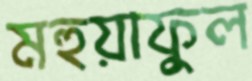
মহুয়াফুল